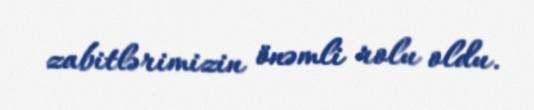
zabitlərimizin önəmli rolu oldu.